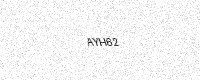
Text: AYH62